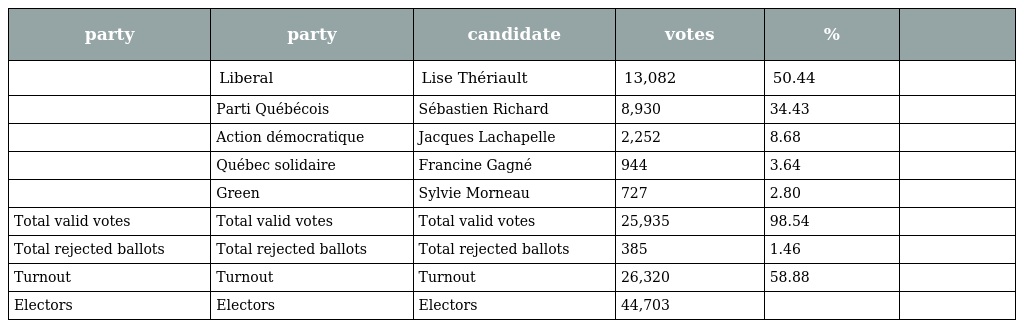
| party | party | candidate | votes | % |  |
 | --- | --- | --- | --- | --- | --- |
 |  | Liberal | Lise Thériault | 13,082 | 50.44 |  |
 |  | Parti Québécois | Sébastien Richard | 8,930 | 34.43 |  |
 |  | Action démocratique | Jacques Lachapelle | 2,252 | 8.68 |  |
 |  | Québec solidaire | Francine Gagné | 944 | 3.64 |  |
 |  | Green | Sylvie Morneau | 727 | 2.80 |  |
 | Total valid votes | Total valid votes | Total valid votes | 25,935 | 98.54 |  |
 | Total rejected ballots | Total rejected ballots | Total rejected ballots | 385 | 1.46 |  |
 | Turnout | Turnout | Turnout | 26,320 | 58.88 |  |
 | Electors | Electors | Electors | 44,703 |  |  |